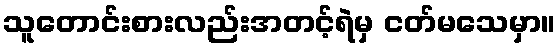
သူတောင်းစားလည်းအတင့်ရဲမှ ငတ်မသေမှာ။